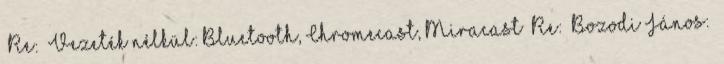
Re: Vezeték nélkül: Bluetooth, Chromecast, Miracast Re: Bozodi János: